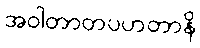
အဝါတာတပဟတာနိ